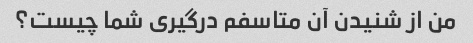
من از شنیدن آن متاسفم درگیری شما چیست؟